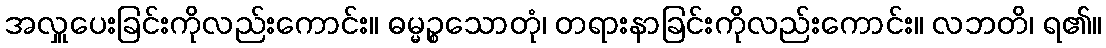
အလှူပေးခြင်းကိုလည်းကောင်း။ ဓမ္မဉ္စသောတုံ၊ တရားနာခြင်းကိုလည်းကောင်း။ လဘတိ၊ ရ၏။